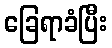
ခြေရာခံပြီး